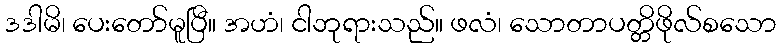
ဒဒါမိ၊ ပေးတော်မူပြီ။ အဟံ၊ ငါဘုရားသည်။ ဖလံ၊ သောတာပတ္တိဖိုလ်စသော